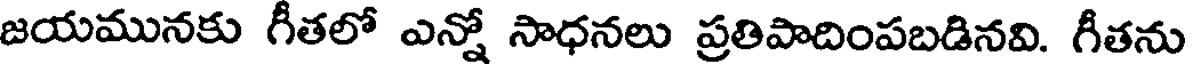
జయమునకు గీతలో ఎన్నో సాధనలు ప్రతిపాదింపబడినవి. గీతను